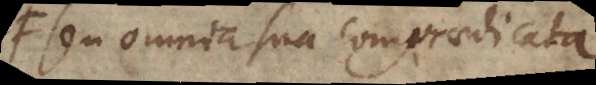
seu omnia sua compraedicata